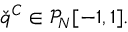
\check { q } ^ { C } \in \mathcal { P } _ { N } [ - 1 , 1 ] .